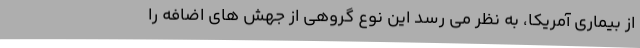
از بیماری آمریکا، به نظر می رسد این نوع گروهی از جهش های اضافه را